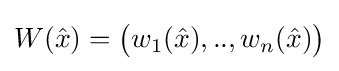
W({\hat {x}})={\bigl (}w_{1}({\hat {x}}),..,w_{n}({\hat {x}}){\bigr )}